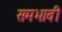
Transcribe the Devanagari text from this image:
समभावी